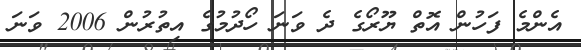
އެންމެ ފަހުން އޮތް ޔޫރޯގެ ދެ ވަނަ ހޯދުމުގެ އިތުރުން 2006 ވަނަ